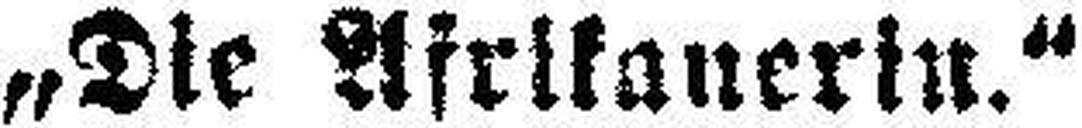
„Die Afrikanerin.“